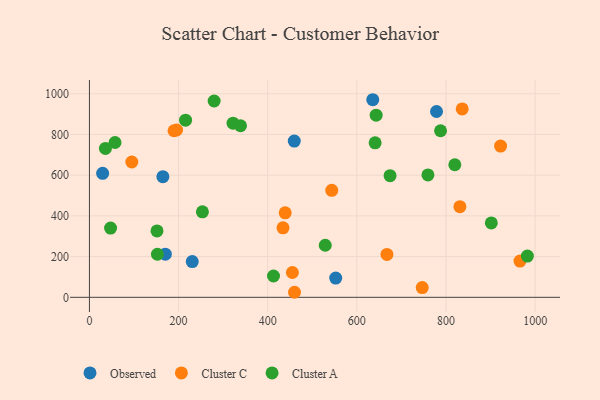
{"axis": {"x": "Engine Size", "y": "Demand"}, "legend": ["Cluster A", "Cluster C", "Observed"], "data": [{"x": "552.6", "y": 94.4, "type": "Observed"}, {"x": "459.6", "y": 767.7, "type": "Observed"}, {"x": "635.7", "y": 970.6, "type": "Observed"}, {"x": "29.6", "y": 609.3, "type": "Observed"}, {"x": "164.8", "y": 592.8, "type": "Observed"}, {"x": "170.3", "y": 211.9, "type": "Observed"}, {"x": "778.8", "y": 912.7, "type": "Observed"}, {"x": "230.7", "y": 175.7, "type": "Observed"}, {"x": "434.3", "y": 341.3, "type": "Cluster C"}, {"x": "543.7", "y": 525.6, "type": "Cluster C"}, {"x": "189.8", "y": 818.3, "type": "Cluster C"}, {"x": "439.2", "y": 415.3, "type": "Cluster C"}, {"x": "831.2", "y": 445.5, "type": "Cluster C"}, {"x": "460.1", "y": 24.8, "type": "Cluster C"}, {"x": "455.4", "y": 121.9, "type": "Cluster C"}, {"x": "667.5", "y": 210.5, "type": "Cluster C"}, {"x": "195.5", "y": 821.9, "type": "Cluster C"}, {"x": "836.4", "y": 925.4, "type": "Cluster C"}, {"x": "966.0", "y": 178.1, "type": "Cluster C"}, {"x": "922.5", "y": 742.7, "type": "Cluster C"}, {"x": "95.1", "y": 664.7, "type": "Cluster C"}, {"x": "746.7", "y": 48.0, "type": "Cluster C"}, {"x": "152.5", "y": 211.7, "type": "Cluster A"}, {"x": "643.3", "y": 894.9, "type": "Cluster A"}, {"x": "413.0", "y": 104.8, "type": "Cluster A"}, {"x": "57.4", "y": 760.6, "type": "Cluster A"}, {"x": "279.8", "y": 964.4, "type": "Cluster A"}, {"x": "151.6", "y": 326.3, "type": "Cluster A"}, {"x": "529.1", "y": 255.9, "type": "Cluster A"}, {"x": "641.0", "y": 759.0, "type": "Cluster A"}, {"x": "674.5", "y": 597.7, "type": "Cluster A"}, {"x": "901.7", "y": 365.3, "type": "Cluster A"}, {"x": "322.2", "y": 855.6, "type": "Cluster A"}, {"x": "787.8", "y": 818.2, "type": "Cluster A"}, {"x": "339.0", "y": 842.7, "type": "Cluster A"}, {"x": "215.7", "y": 870.2, "type": "Cluster A"}, {"x": "759.5", "y": 601.1, "type": "Cluster A"}, {"x": "47.4", "y": 340.3, "type": "Cluster A"}, {"x": "982.6", "y": 202.5, "type": "Cluster A"}, {"x": "253.5", "y": 420.2, "type": "Cluster A"}, {"x": "35.9", "y": 731.3, "type": "Cluster A"}, {"x": "819.8", "y": 651.1, "type": "Cluster A"}]}